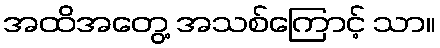
အထိအတွေ့ အသစ်ကြောင့် သာ။